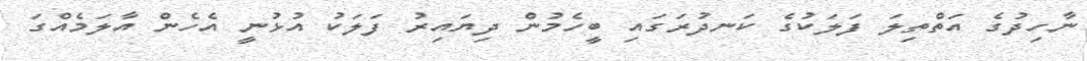
ނާހިދުގެ އަތްތިލަ ފަލަކުގެ ކަނދުރަގައި ބީހެމުން ދިޔައިރު ފަލަކު އުޅުނީ އެހެން އާލަމެއްގަ